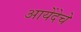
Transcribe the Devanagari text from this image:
आयेंदेचे